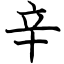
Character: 辛